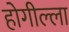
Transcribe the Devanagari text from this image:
होगील्ला